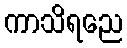
ကာသိရညေ